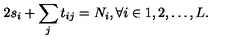
2 s _ { i } + \sum _ { j } t _ { i j } = N _ { i } , \forall i \in { 1 , 2 , \ldots , L } .